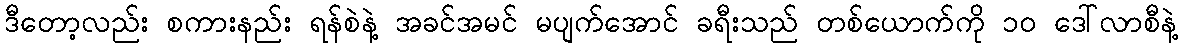
ဒီတော့လည်း စကားနည်း ရန်စဲနဲ့ အခင်အမင် မပျက်အောင် ခရီးသည် တစ်ယောက်ကို ၁၀ ဒေါ်လာစီနဲ့